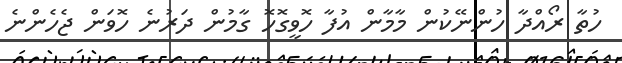
ހުތާ ރޯއްދާ ހުންނޭކުން މާމާން އުފާ ހޮވީގޮހޮ ގާމުން ދަރުނެ ހޮވަން ޖެހެންނެ